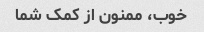
خوب، ممنون از کمک شما